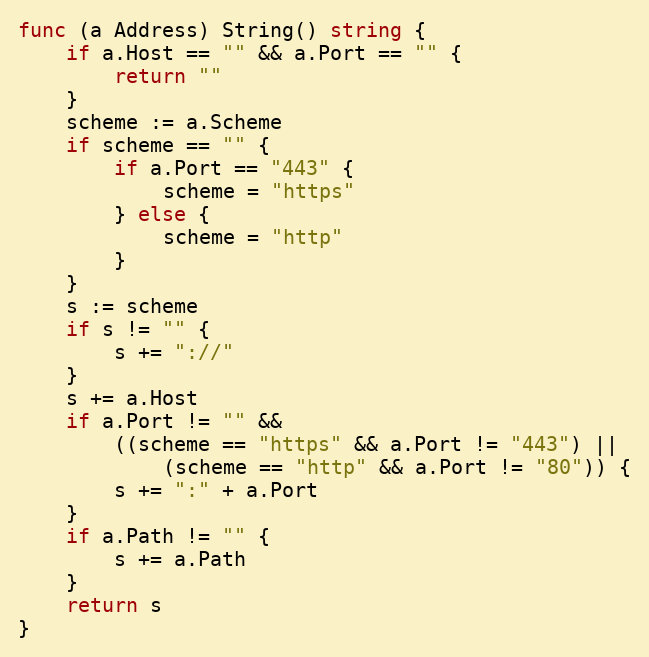
Language: Go
func (a Address) String() string {
	if a.Host == "" && a.Port == "" {
		return ""
	}
	scheme := a.Scheme
	if scheme == "" {
		if a.Port == "443" {
			scheme = "https"
		} else {
			scheme = "http"
		}
	}
	s := scheme
	if s != "" {
		s += "://"
	}
	s += a.Host
	if a.Port != "" &&
		((scheme == "https" && a.Port != "443") ||
			(scheme == "http" && a.Port != "80")) {
		s += ":" + a.Port
	}
	if a.Path != "" {
		s += a.Path
	}
	return s
}